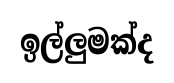
ඉල්ලුමක්ද